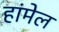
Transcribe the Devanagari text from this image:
हांमेल